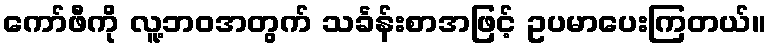
ကော်ဖီကို လူ့ဘဝအတွက် သင်္ခန်းစာအဖြင့် ဥပမာပေးကြတယ်။